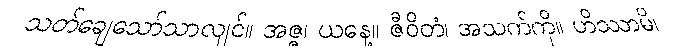
သတ်ချေသော်သာလျင်။ အဇ္ဇ၊ ယနေ့။ ဇီဝိတံ၊ အသက်ကို။ ဟိဿာမိ၊